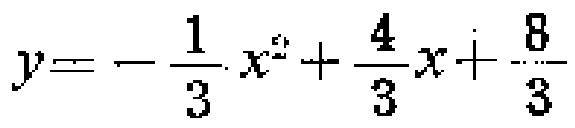
$y = - \frac{1}{3} x^{2} + \frac{4}{3} x + \frac{8}{3}$